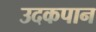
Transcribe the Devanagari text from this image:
उदकपान